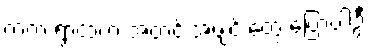
ကဲကဲ ရွာထဲက အတင်းအဖျင်းတွေ ပြောပါဦး